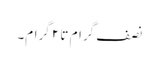
نصف گرام تا ۲ گرام۔